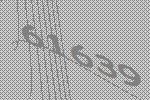
61639